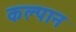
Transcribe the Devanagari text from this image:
कल्पान